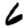
Digit: 6